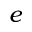
e